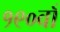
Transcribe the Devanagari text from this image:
१९०वाँ